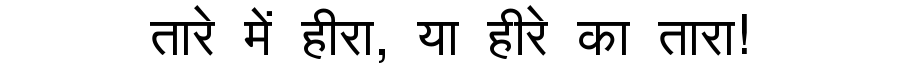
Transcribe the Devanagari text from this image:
तारे में हीरा, या हीरे का तारा!